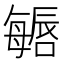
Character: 𱕏